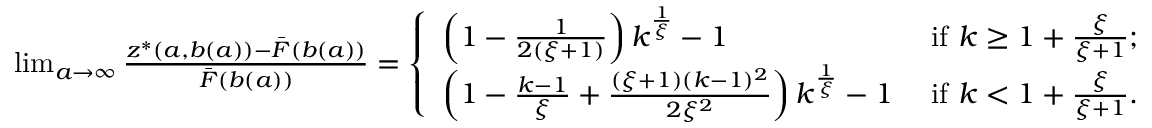
\begin{array} { r } { \operatorname* { l i m } _ { a \rightarrow \infty } \frac { z ^ { * } ( a , b ( a ) ) - \bar { F } ( b ( a ) ) } { \bar { F } ( b ( a ) ) } = \left\{ \begin{array} { l l } { \left( 1 - \frac { 1 } { 2 ( \xi + 1 ) } \right) k ^ { \frac { 1 } { \xi } } - 1 } & { \mathrm { ~ i f ~ } k \geq 1 + \frac { \xi } { \xi + 1 } ; } \\ { \left( 1 - \frac { k - 1 } { \xi } + \frac { ( \xi + 1 ) ( k - 1 ) ^ { 2 } } { 2 \xi ^ { 2 } } \right) k ^ { \frac { 1 } { \xi } } - 1 } & { \mathrm { ~ i f ~ } k < 1 + \frac { \xi } { \xi + 1 } . } \end{array} \right. } \end{array}